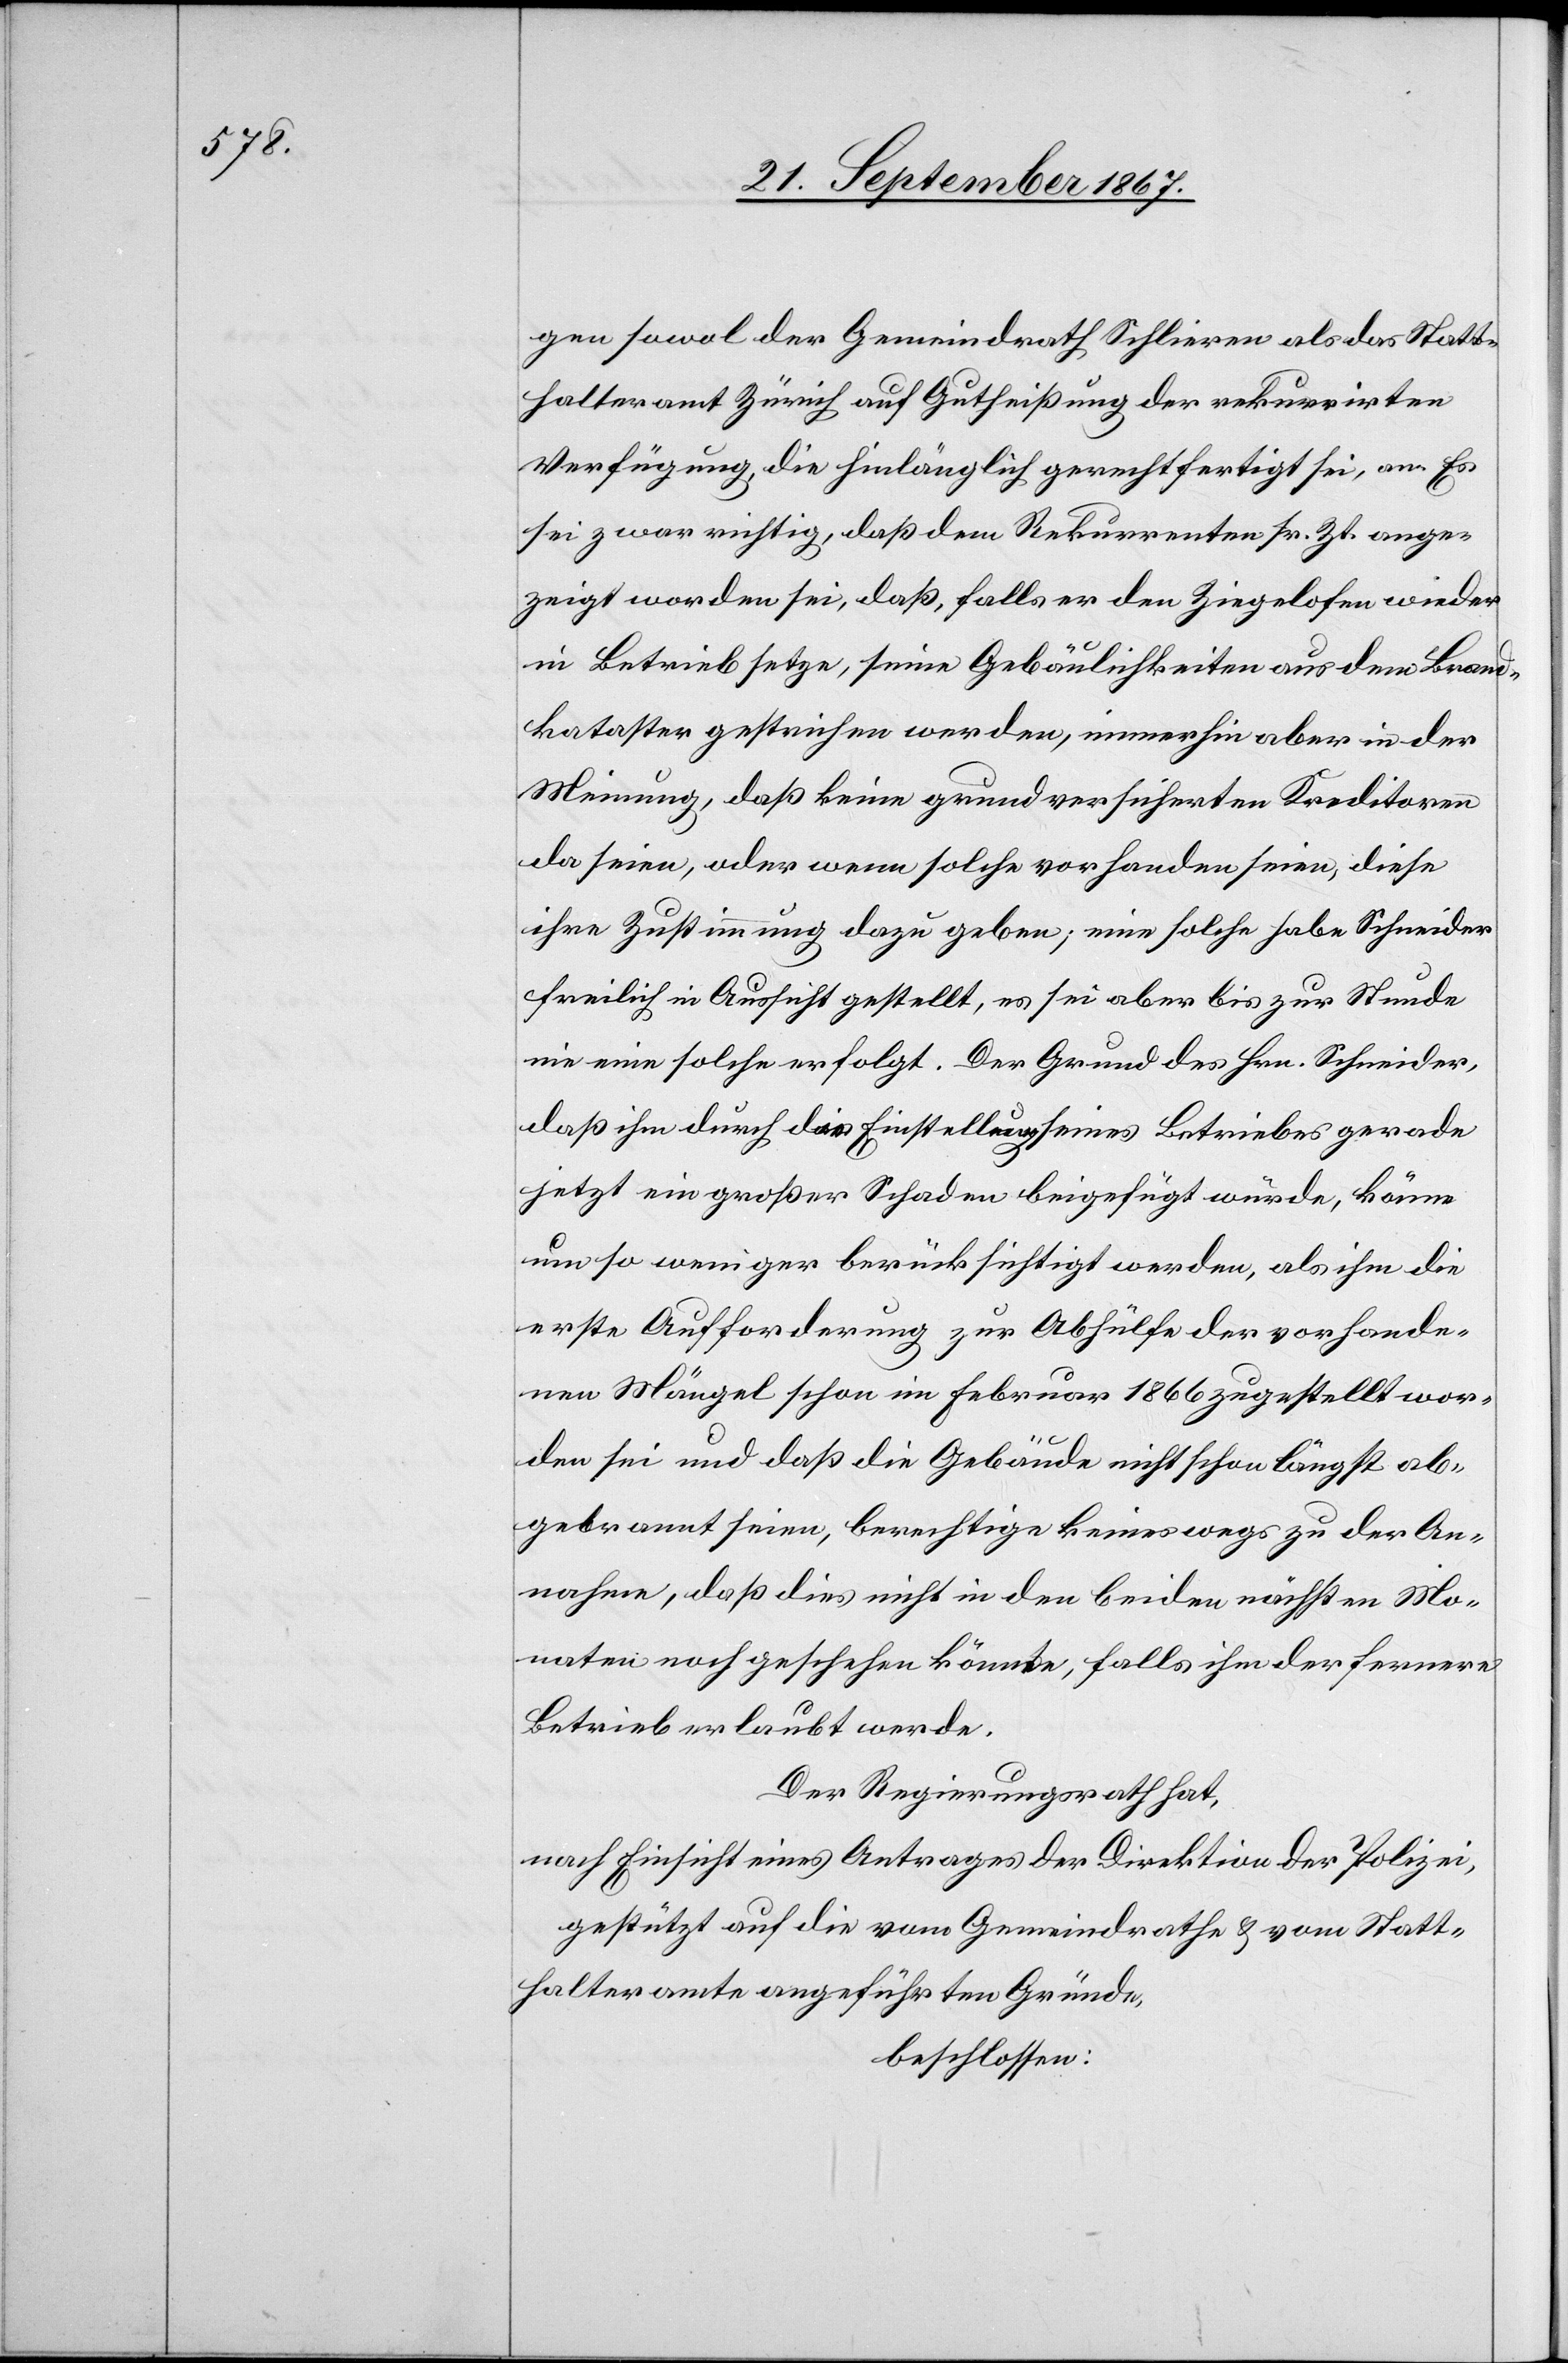
gen sowol der Gemeindrath Schlieren als das Statt¬
halteramt Zürich auf Gutheißung der rekurrirten
Verfügung, die hinlänglich gerechtfertigt sei, an. Es
sei zwar richtig, daß dem Rekurrenten sr. Zt. ange¬
zeigt worden sei, daß, falls er den Ziegelofen wieder
in Betrieb setze, seine Gebäulichkeiten aus dem Brand¬
kataster gestrichen werden, immerhin in der
Meinung, daß keine grundversicherten Kreditoren
da seien, oder wenn solche vorhanden seien, diese
ihre Zustimmung dazu geben; eine solche habe Schneider
freilich in Aussicht gestellt, es sei aber bis zur Stunde
nie eine solche erfolgt. Der Grund des Hrn. Schneider,
daß ihm durch die Einstellung seines Betriebs gerade
jetzt ein großer Schaden beigefügt würde, könne
um so weniger berücksichtigt werden, als ihm die
erste Aufforderung zur Abhülfe der vorhande¬
nen Mängel schon im Februar 1866 zugestellt wor¬
den sei und daß die Gebäude nicht schon längst ab¬
gebrannt seien, berechtige keineswegs zu der An¬
nahme, daß dies nicht in den beiden nächsten Mo¬
naten noch geschehen könnte, falls ihm der fernere
Betrieb erlaubt werde.
Der Regierungsrath hat,
nach Einsicht eines Antrages der Direktion der Polizei,
gestützt auf die vom Gemeindrathe u. vom Statt¬
halteramte angeführten Gründe,
beschlossen: